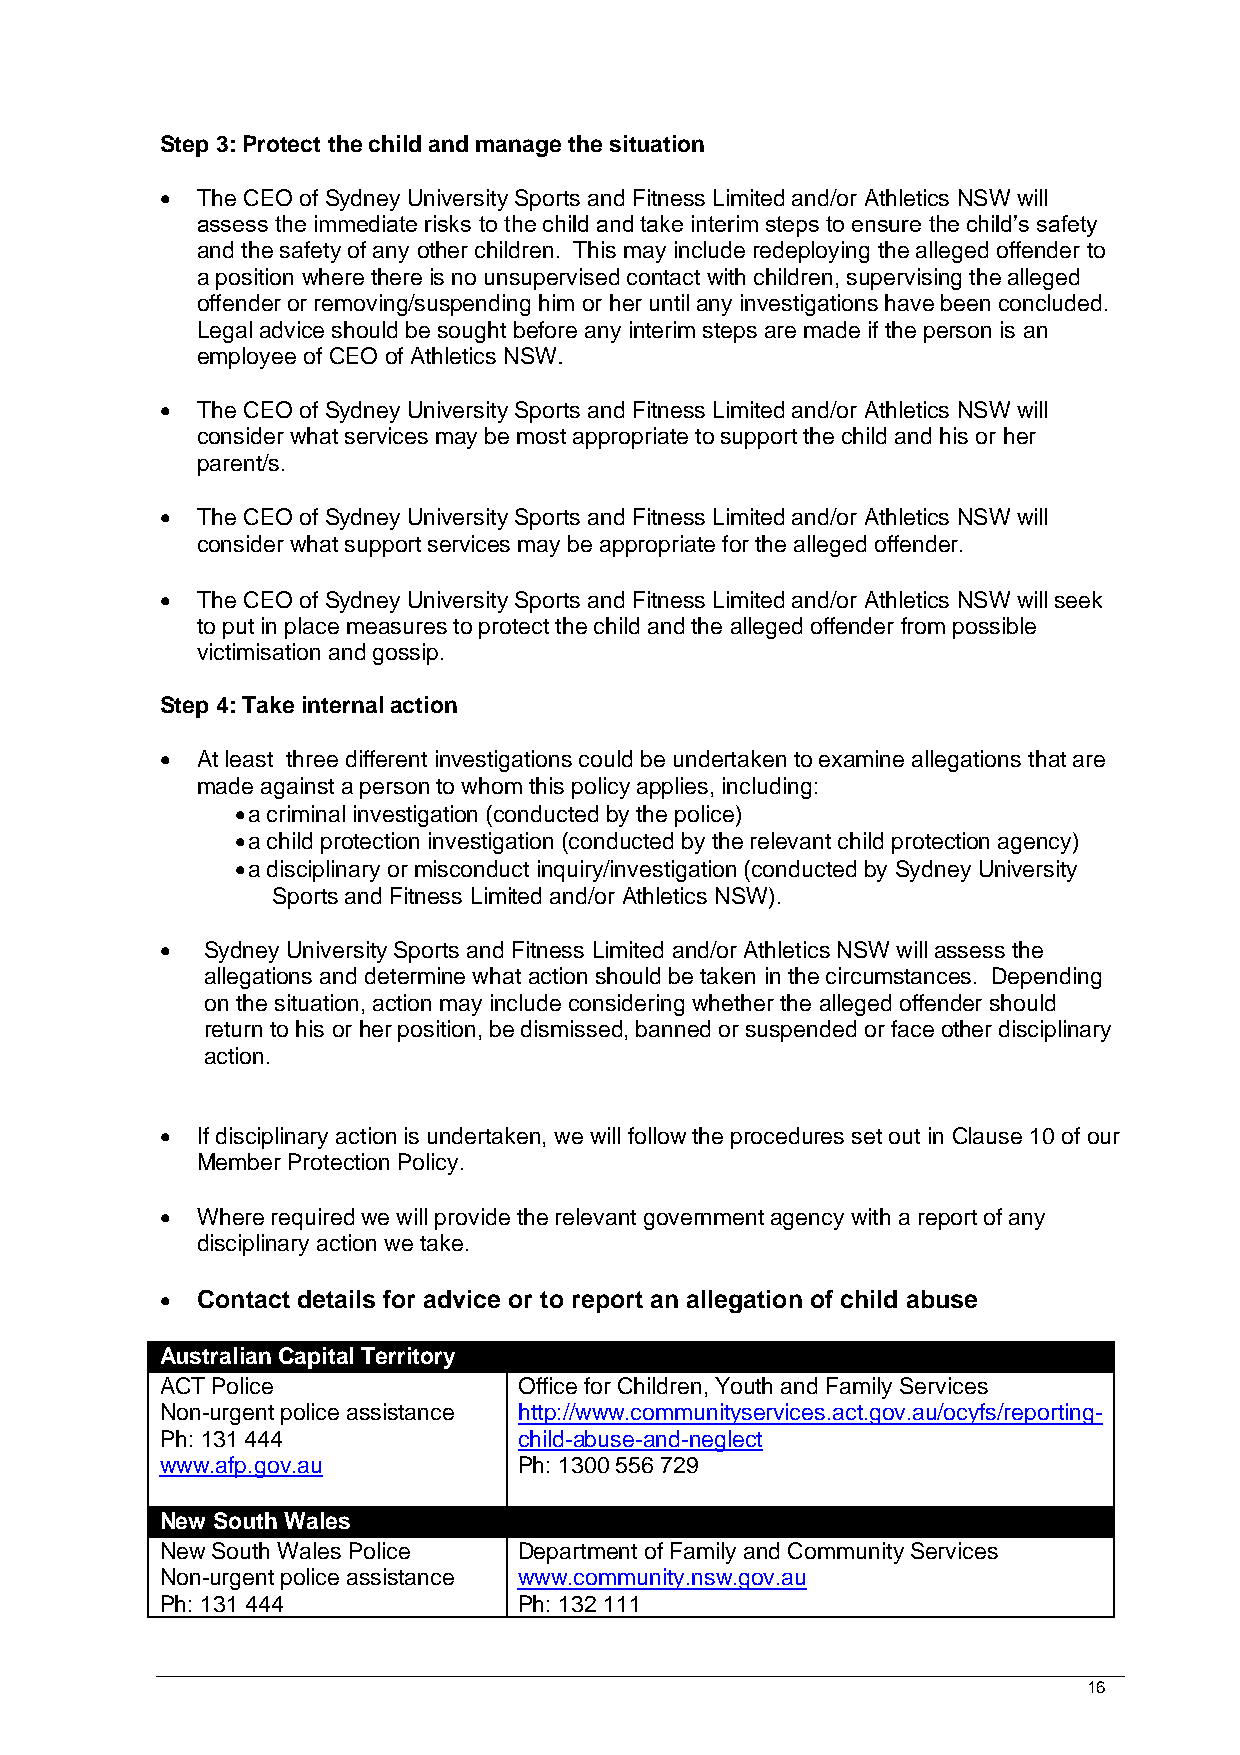
Step 3: Protect the child and manage the situation
 • The CEO of Sydney University Sports and Fitness Limited and/or Athletics NSW will
 assess the immediate risks to the child and take interim steps to ensure the child’s safety
 and the safety of any other children. This may include redeploying the alleged offender to
 a position where there is no unsupervised contact with children, supervising the alleged
 offender or removing/suspending him or her until any investigations have been concluded.
 Legal advice should be sought before any interim steps are made if the person is an
 employee of CEO of Athletics NSW.
 • The CEO of Sydney University Sports and Fitness Limited and/or Athletics NSW will
 consider what services may be most appropriate to support the child and his or her
 parent/s.
 • The CEO of Sydney University Sports and Fitness Limited and/or Athletics NSW will
 consider what support services may be appropriate for the alleged offender.
 • The CEO of Sydney University Sports and Fitness Limited and/or Athletics NSW will seek
 to put in place measures to protect the child and the alleged offender from possible
 victimisation and gossip.
 Step 4: Take internal action
 • At least three different investigations could be undertaken to examine allegations that are
 made against a person to whom this policy applies, including:
 • a criminal investigation (conducted by the police)
 • a child protection investigation (conducted by the relevant child protection agency)
 • a disciplinary or misconduct inquiry/investigation (conducted by Sydney University
 Sports and Fitness Limited and/or Athletics NSW).
 • Sydney University Sports and Fitness Limited and/or Athletics NSW will assess the
 allegations and determine what action should be taken in the circumstances. Depending
 on the situation, action may include considering whether the alleged offender should
 return to his or her position, be dismissed, banned or suspended or face other disciplinary
 action.
 • If disciplinary action is undertaken, we will follow the procedures set out in Clause 10 of our
 Member Protection Policy.
 • Where required we will provide the relevant government agency with a report of any
 disciplinary action we take.
 • Contact details for advice or to report an allegation of child abuse
 Australian Capital Territory
 ACT Police             Office for Children, Youth and Family Services
 Non-urgent police assistance http://www.communityservices.act.gov.au/ocyfs/reporting-
 Ph: 131 444            child-abuse-and-neglect
 www.afp.gov.au         Ph: 1300 556 729
 New South Wales
 New South Wales Police Department of Family and Community Services
 Non-urgent police assistance www.community.nsw.gov.au
 Ph: 131 444            Ph: 132 111
 16